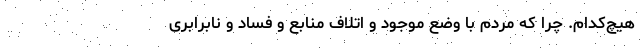
هیچ‌کدام. چرا که مردم با وضع موجود و اتلاف منابع و فساد و نابرابری